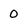
Character: 0